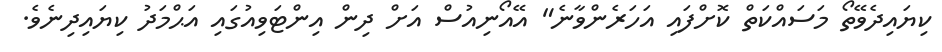
ކިޔައިދެވޭތޯ މަސައްކަތް ކޮށްފައި އަހަރެންވާނެ" އޭއޯނިއުސް އަށް ދިން އިންޓަވިއުގައި އަޙްމަދު ކިޔައިދިނެވެ.